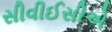
સીવીઈસીએ